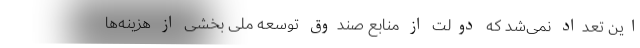
این تعداد نمی‌شد که دولت از منابع صندوق توسعه ملی بخشی از هزینه‌ها